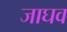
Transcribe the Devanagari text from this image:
जाघव